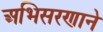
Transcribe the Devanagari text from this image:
अभिसरणाने